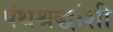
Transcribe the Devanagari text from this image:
पंथश्रद्धांशी